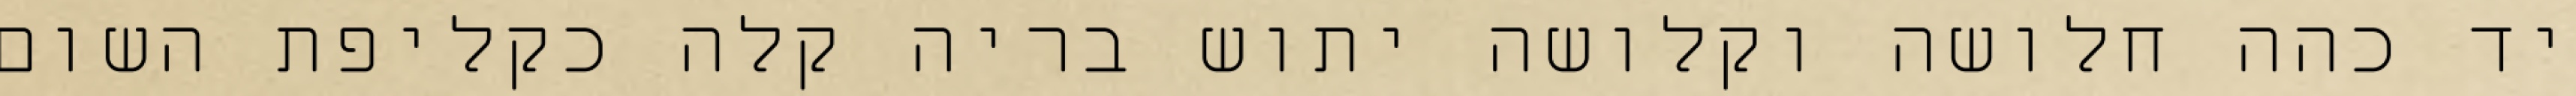
יד כהה חלושה וקלושה יתוש בריה קלה כקליפת השום